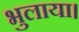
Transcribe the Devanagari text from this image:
भुलाया।